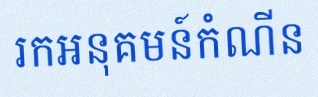
រកអនុគមន៍កំណើន